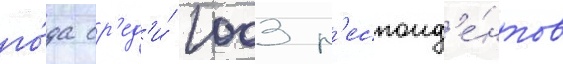
го́да ср'ед'и́ 1003 р'еспонд'е́нтов